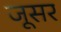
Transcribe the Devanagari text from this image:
जूसर